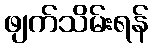
ဖျက်သိမ်းရန်